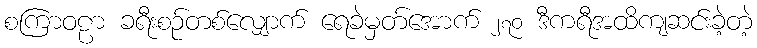
စကြာဝဠာ ခရီးစဉ်တစ်လျှောက် ရေခဲမှတ်အောက် ၂၇၀ ဒီကရီအထိကျဆင်းခဲ့တဲ့